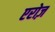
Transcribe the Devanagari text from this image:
एरोज़